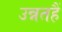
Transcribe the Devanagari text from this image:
उन्नतहैं